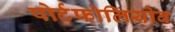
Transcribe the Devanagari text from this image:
पोर्टफोलियोव